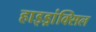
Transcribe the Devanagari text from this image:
हाइड्रांक्सिल